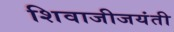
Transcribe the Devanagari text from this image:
शिवाजीजयंती